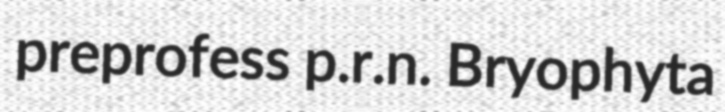
preprofess p.r.n. Bryophyta